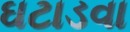
ઘટાડવા